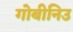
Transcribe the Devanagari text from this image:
गोबीनिउ